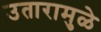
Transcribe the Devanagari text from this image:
उतारामुळे